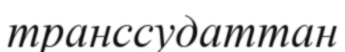
транссудаттан